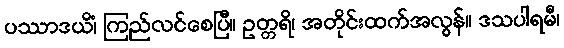
ပဿာဒယိံ၊ ကြည်လင်စေပြီ။ ဥတ္တရိ၊ အတိုင်းထက်အလွန်။ ဒသပါရမီ၊